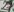
Text: 27